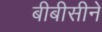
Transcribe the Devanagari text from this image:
बीबीसीने